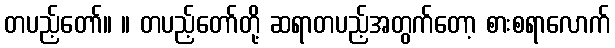
တပည့်တော်။ ။ တပည့်တော်တို့ ဆရာတပည့်အတွက်တော့ စားစရာလောက်